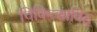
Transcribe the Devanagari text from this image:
चिकित्साविद